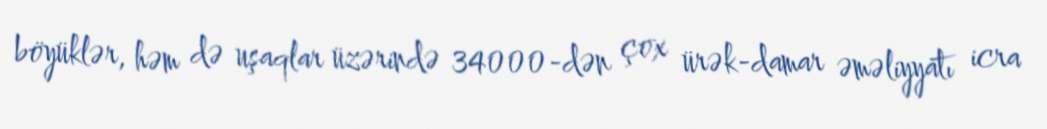
böyüklər, həm də uşaqlar üzərində 34000-dən çox ürək-damar əməliyyatı icra